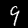
Digit: 9